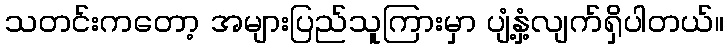
သတင်းကတော့ အများပြည်သူကြားမှာ ပျံ့နှံ့လျက်ရှိပါတယ်။